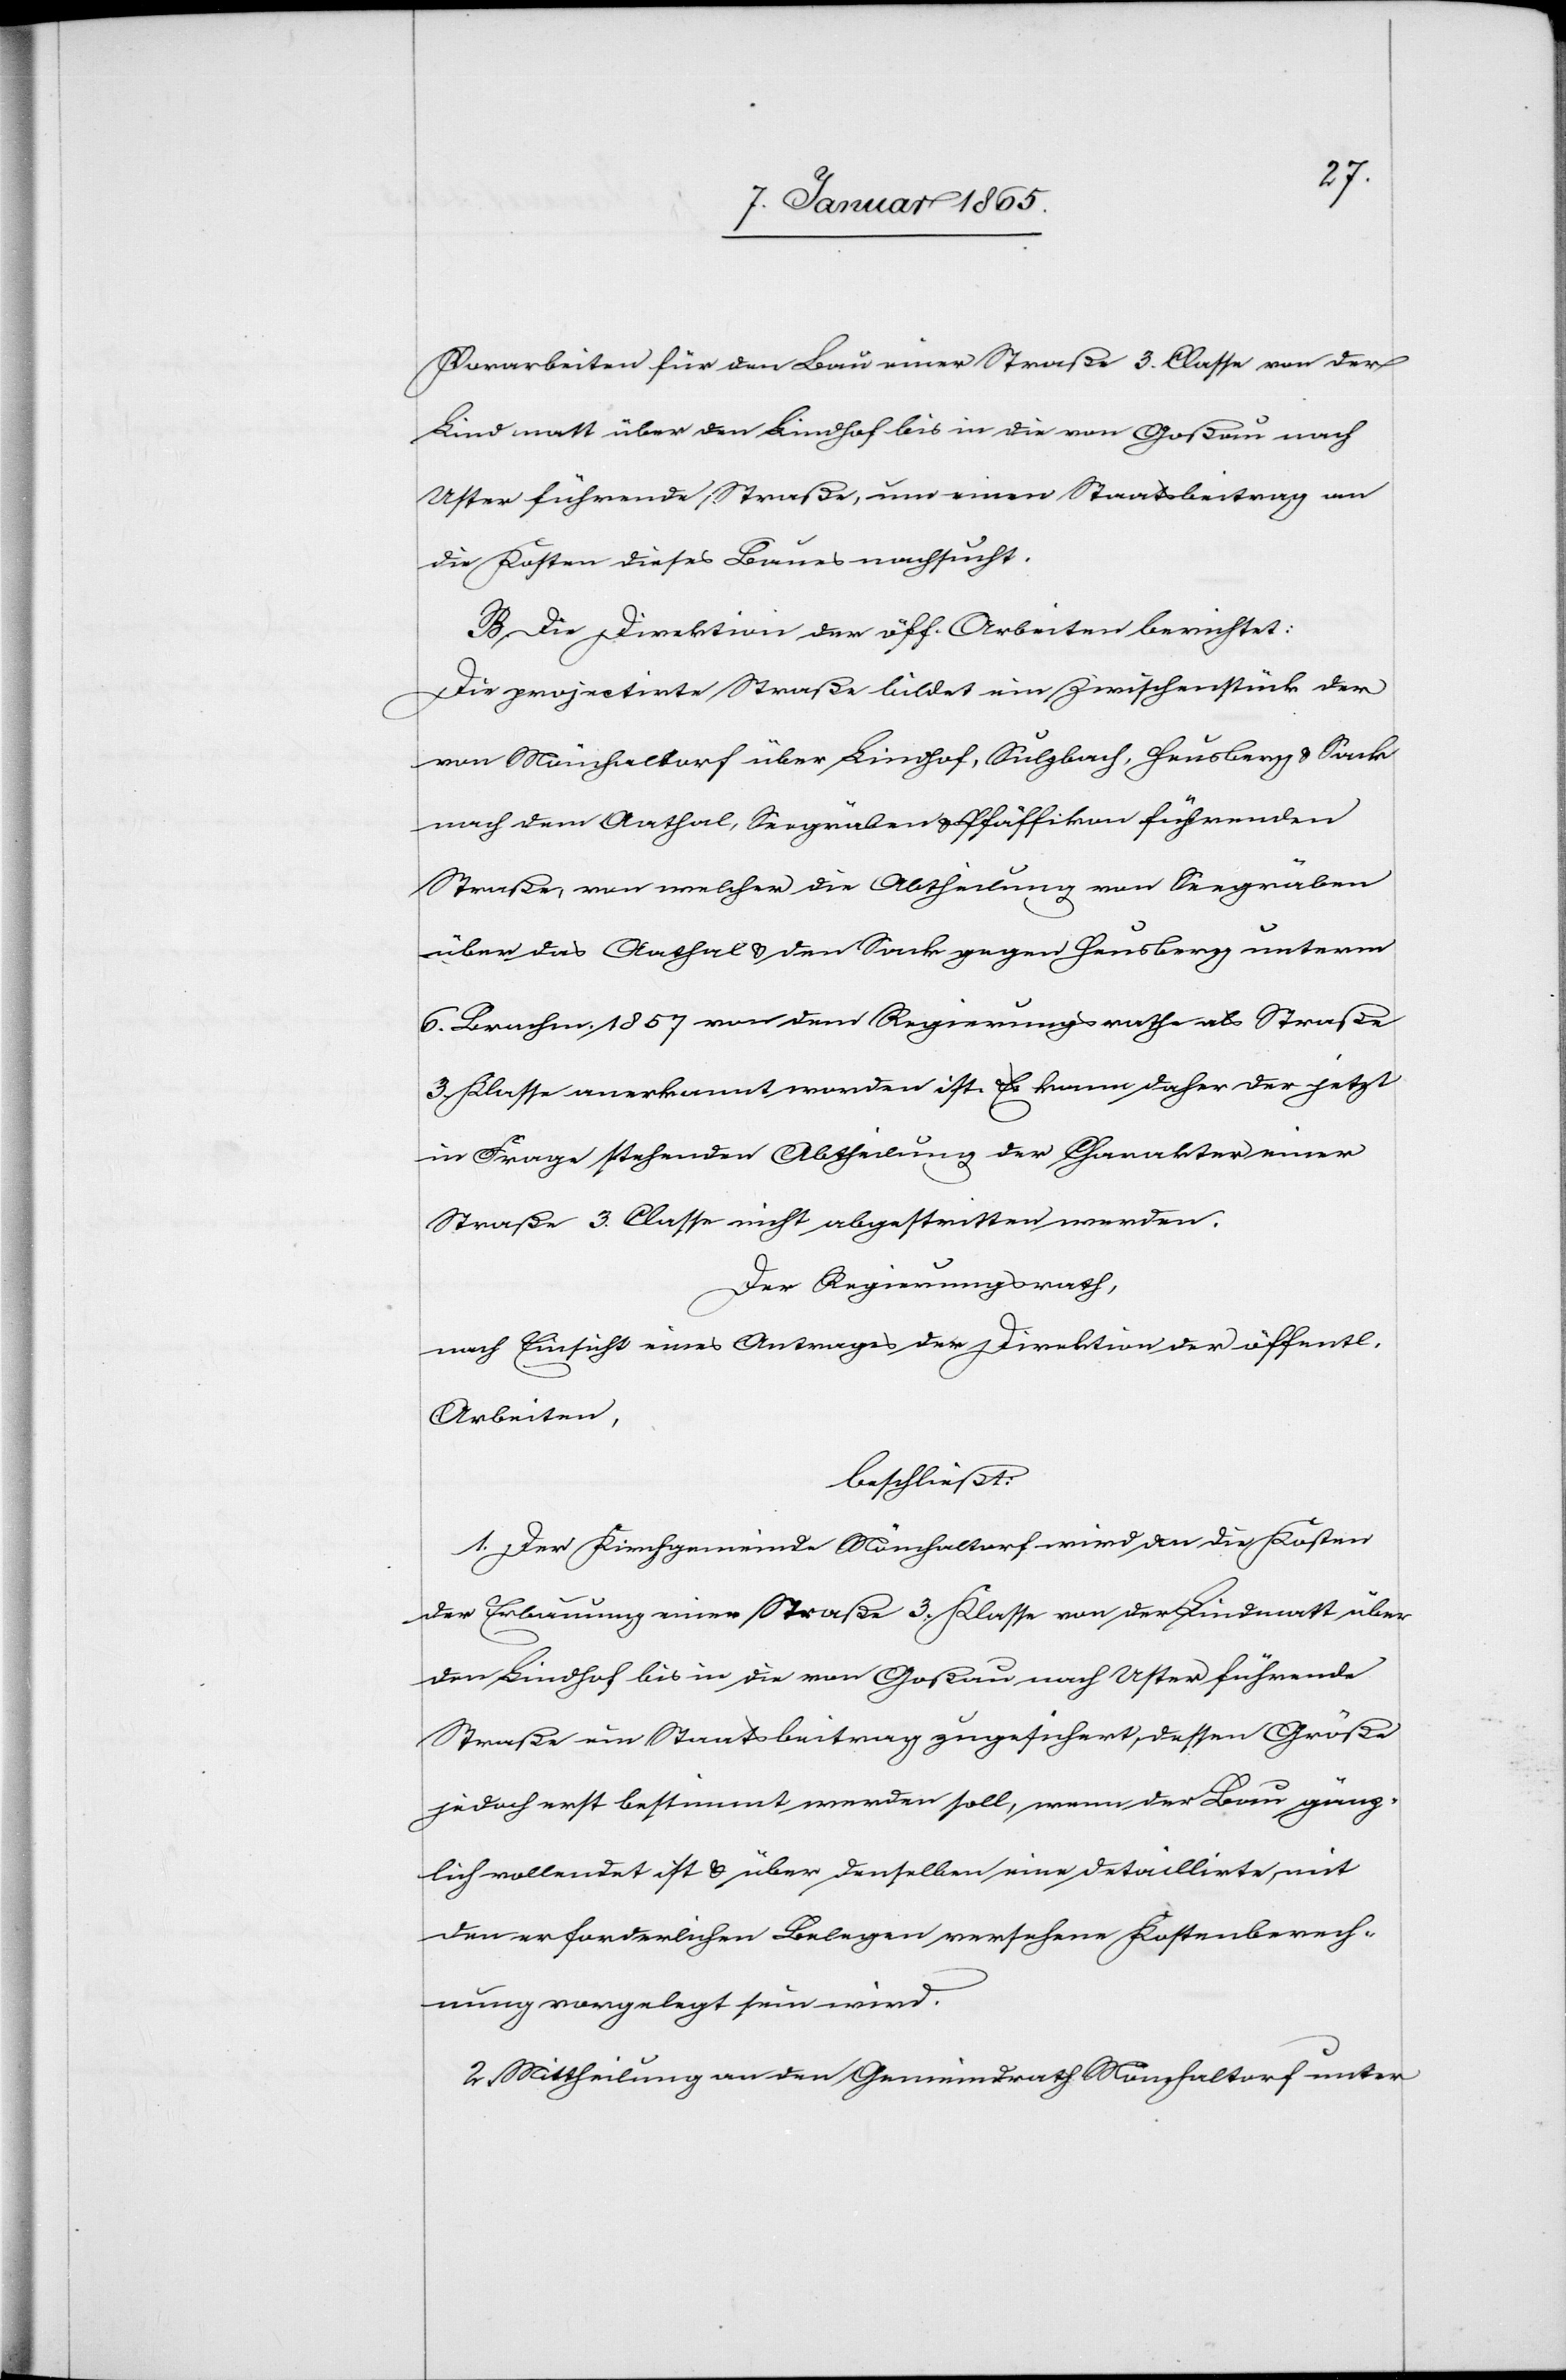
Vorarbeiten für den Bau einer Straße 3. Classe von der
Lindmatt über den Lindhof bis in die von Goßau nach
Uster führende Straße, nun einen Staatsbeitrag an
die Kosten dieses Baues nachsucht.
B. Die Direktion der öff. Arbeiten berichtet:
Die projectirte Straße bildet ein Zwischenstück der
von Mönchaltorf über Lindhof, Sulzbach, Heusberg u. Sack
nach dem Aathal, Seegräben u. Pfäffikon führenden
Straße, von welcher die Abtheilung von Seegräben
über das Aathal u. den Sack gegen Heusberg unterm
6. Brachm. 1857 von dem Regierungsrathe als Straße
3. Klasse anerkannt worden ist. Es kann daher der jetzt
in Frage stehenden Abtheilung der Charakter einer
Straße 3. Classe nicht abgestritten werden.
Der Regierungsrath,
nach Einsicht eines Antrages der Direktion der öffentl.
Arbeiten,
beschließt:
1. Der Kirchgemeinde Mönchaltorf wird an die Kosten
der Erbauung einer Straße 3. Klasse von der Lindmatt über
den Lindhof bis in die von Goßau nach Uster führende
Straße ein Staatsbeitrag zugesichert, dessen Größe
jedoch erst bestimmt werden soll, wenn der Bau gänz¬
lich vollendet ist u. über denselben eine detaillirte, mit
den erforderlichen Belegen versehene Kostenberech¬
nung vorgelegt sein wird.
2. Mittheilung an den Gemeindrath Mönchaltorf unter